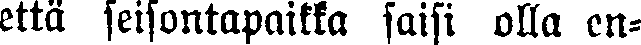
että seisontapaikka saisi olla en-